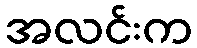
အလင်းက